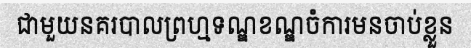
ជាមួយនគរបាលព្រហ្មទណ្ឌខណ្ឌចំការមនចាប់ខ្លួន